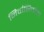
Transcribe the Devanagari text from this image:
निर्वासितांना